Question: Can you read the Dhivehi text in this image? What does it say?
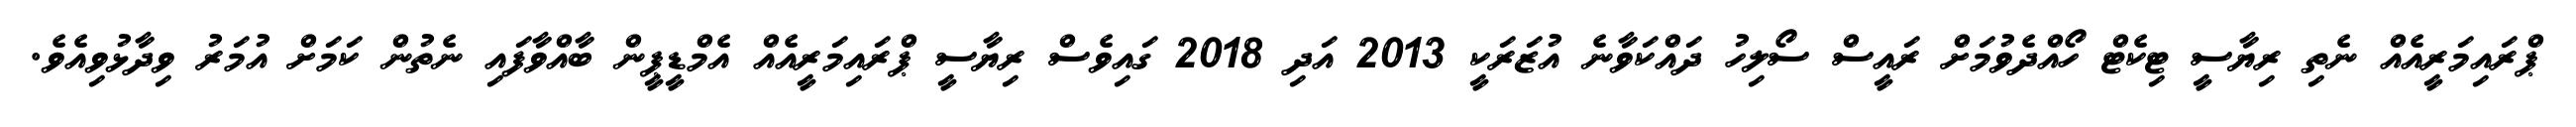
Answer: ޕްރައިމަރީއެއް ނެތި ރިޔާސީ ޓިކެޓް ހޯއްދެވުމަށް ރައީސް ސޯލިހު ދައްކަވާނެ އުޒަރަކީ 2013 އަދި 2018 ގައިވެސް ރިޔާސީ ޕްރައިމަރީއެއް އެމްޑީޕީން ބާއްވާފައި ނެތުން ކަމަށް އުމަރު ވިދާޅުވިއެވެ.